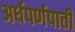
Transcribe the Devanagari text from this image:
अर्धपर्णपाती